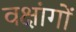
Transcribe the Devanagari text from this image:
वक्षांगों